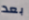
بعد